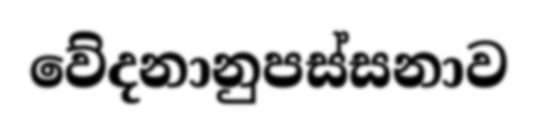
වේදනානුපස්සනාව